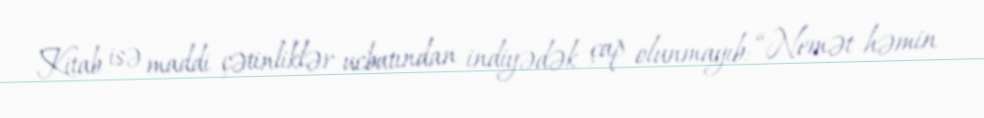
Kitab isə maddi çətinliklər ucbatından indiyədək çap olunmayıb: “Nemət həmin